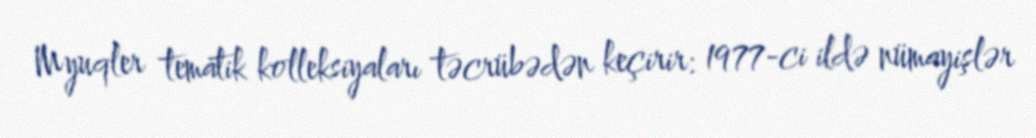
Myuqler tematik kolleksiyaları təcrübədən keçirir: 1977-ci ildə nümayişlər